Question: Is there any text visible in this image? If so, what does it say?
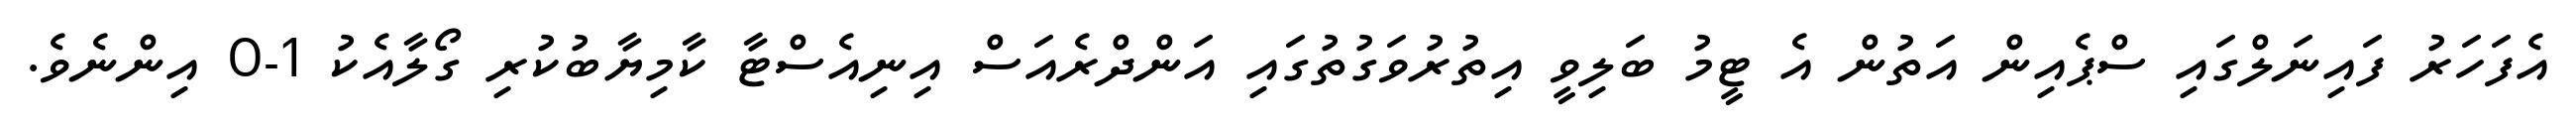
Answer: އެފަހަރު ފައިނަލްގައި ސްޕެއިން އަތުން އެ ޓީމު ބަލިވީ އިތުރުވަގުތުގައި އަންދްރެއަސް އިނިއެސްޓާ ކާމިޔާބުކުރި ގޯލާއެކު 1-0 އިންނެވެ.